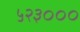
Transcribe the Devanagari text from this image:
५२३०००